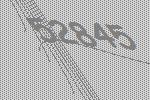
52845